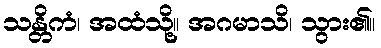
သန္တိကံ၊ အထံသို့။ အဂမာသိ၊ သွား၏။